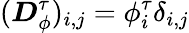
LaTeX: (\boldsymbol{D}_{\phi}^{\tau})_{i,j}=\phi_{i}^{\tau}\delta_{i,j}